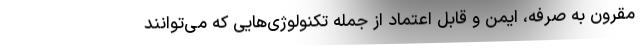
مقرون به صرفه، ایمن و قابل اعتماد از جمله تکنولوژی‌هایی که می‌توانند